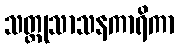
သတ္ထုသာသနကာရိကာ